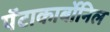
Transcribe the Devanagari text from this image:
पॅटाकार्बोनिल